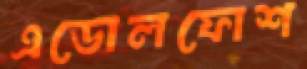
এডোলফোশ